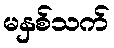
မနှစ်သက်